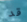
قد